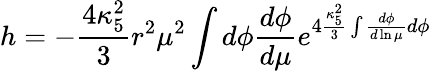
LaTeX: h=-\frac{4\kappa_{5}^{2}}{3}r^{2}\mu^{2}\int d\phi\frac{d\phi}{d\mu}e^{4\frac{\kappa_{5}^{2}}{3}\int\frac{d\phi}{d\ln\mu}d\phi}